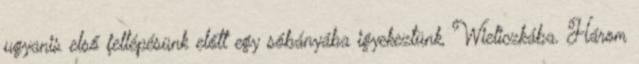
ugyanis első fellépésünk előtt egy sóbányába igyekeztünk, Wieliczkába. Három